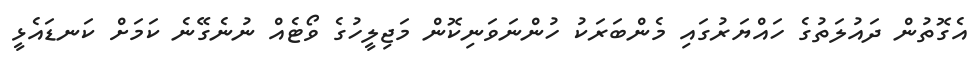
އެގޮތުން ދައުލަތުގެ ހައްޔަރުގައި މެންބަރަކު ހުންނަވަނިކޮން މަޖިލީހުގެ ވޯޓެއް ނުނެގޭނެ ކަމަށް ކަނޑައެޅީ